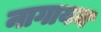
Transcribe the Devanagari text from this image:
नागायन